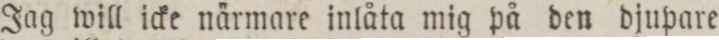
Jag will icke närmare inlåta mig på den djupare